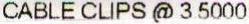
CABLE CLIPS @ 3.5000